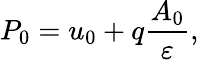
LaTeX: P_{0}=u_{0}+q\frac{A_{0}}{\varepsilon},